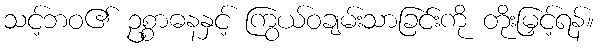
သင့်ဘဝ၏ ဥစ္စာဓနနှင့် ကြွယ်ဝချမ်းသာခြင်းကို တိုးမြှင့်ရန်။